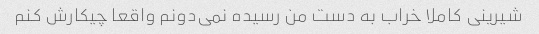
شیرینی کاملا خراب به دست من رسیده نمی‌دونم واقعا چیکارش کنم